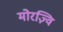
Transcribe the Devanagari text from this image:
मोरज़्वि